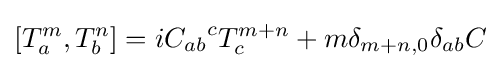
[T_{a}^{m},T_{b}^{n}]=i{C_{ab}}^{c}T_{c}^{m+n}+m\delta _{m+n,0}\delta _{ab}C